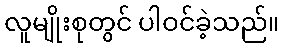
လူမျိုးစုတွင် ပါဝင်ခဲ့သည်။